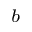
^ { b }